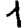
Digit: 1